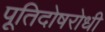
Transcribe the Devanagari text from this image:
पूतिदोषरोधी